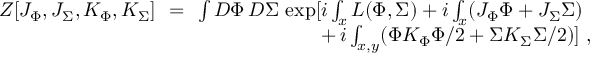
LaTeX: \begin{array} { r c l } { { Z [ J _ { \Phi } , J _ { \Sigma } , K _ { \Phi } , K _ { \Sigma } ] \! \! } } & { { = } } & { { \! \! \int { \cal D } \Phi \, { \cal D } \Sigma \, \exp [ i \int _ { x } L ( \Phi , \Sigma ) + i \int _ { x } ( J _ { \Phi } \Phi + J _ { \Sigma } \Sigma ) } } \\ { { } } & { { } } & { { { } ~ ~ ~ ~ ~ ~ ~ ~ ~ ~ ~ ~ ~ ~ ~ ~ ~ + i \int _ { x , y } ( \Phi K _ { \Phi } \Phi / 2 + \Sigma K _ { \Sigma } \Sigma / 2 ) ] ~ , } } \end{array}